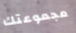
مجموعتك